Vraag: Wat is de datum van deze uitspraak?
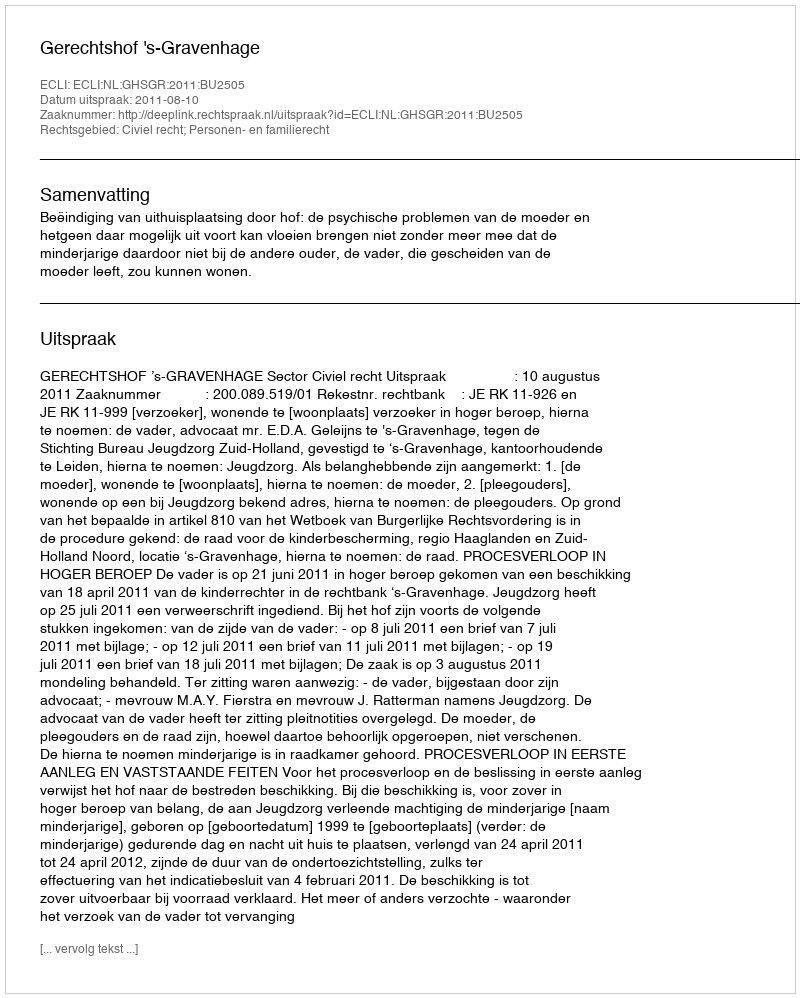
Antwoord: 2011-08-10